Black-water fever - Number 35
Disease focus: Fever
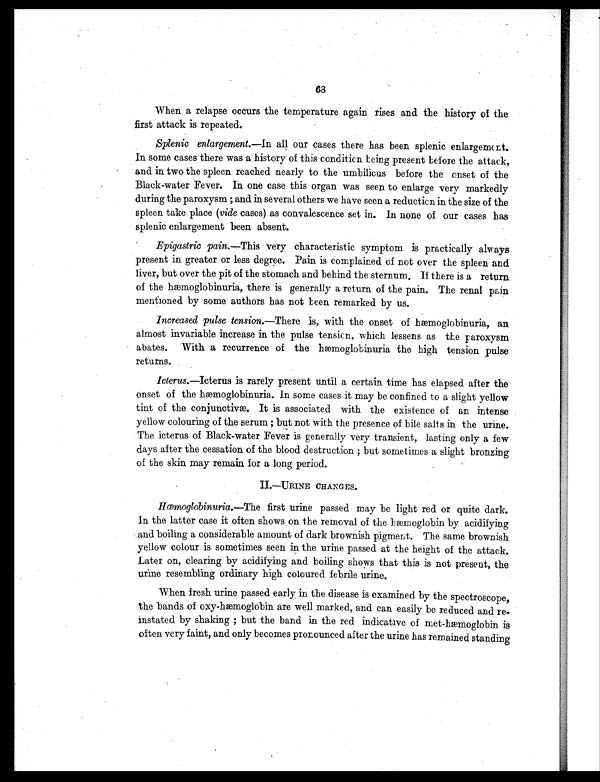
68
When a relapse occurs the temperature again rises and the history of the
first attack is repeated.
Splenic enlargement.—In all our cases there has been splenic enlargement.
In some cases there was a history of this condition being present before the attack,
and in two the spleen reached nearly to the umbilicus before the onset of the
Black-water Fever. In one case this organ was seen to enlarge very markedly
during the paroxysm ; and in several others we have seen a reduction in the size of the
spleen take place (vide cases) as convalescence set in. In none of our cases has
splenic enlargement been absent.
Epigastric pain.—This very characteristic symptom is practically always
present in greater or less degree. Pain is complained of not over the spleen and
liver, but over the pit of the stomach and behind the sternum. If there is a return
of the hæmoglobinuria, there is generally a return of the pain. The renal pain
mentioned by some authors has not been remarked by us.
Increased pulse tension.—There is, with the onset of hæmoglobinuria, an
almost invariable increase in the pulse tension, which lessens as the paroxysm
abates. With a recurrence of the hæmoglobinuria the high tension pulse
returns.
Icterus.—Icterus is rarely present until a certain time has elapsed after the
onset of the hæmoglobinuria. In some cases it may be confined to a slight yellow
tint of the conjunctivæ. It is associated with the existence of an intense
yellow colouring of the serum ; but not with the presence of bile salts in the urine.
The icterus of Black-water Fever is generally very transient, lasting only a few
days after the cessation of the blood destruction ; but sometimes a slight bronzing
of the skin may remain for a long period.
I I . — U R I N E C H A N G E S .
Hæmoglobinuria.—The first urine passed may be light red or quite dark.
In the latter case it often shows on the removal of the hæmoglobin by acidifying
and boiling a considerable amount of dark brownish pigment. The same brownish
yellow colour is sometimes seen in the urine passed at the height of the attack.
Later on, clearing by acidifying and boiling shows that this is not present, the
urine resembling ordinary high coloured febrile urine.
When fresh urine passed early in the disease is examined by the spectroscope,
the bands of oxy-hæmoglobin are well marked, and can easily be reduced and re-
instated by shaking ; but the band in the red indicative of met-hæmoglobin is
often very faint, and only becomes pronounced after the urine has remained standing